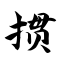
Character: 掼